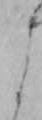
よ